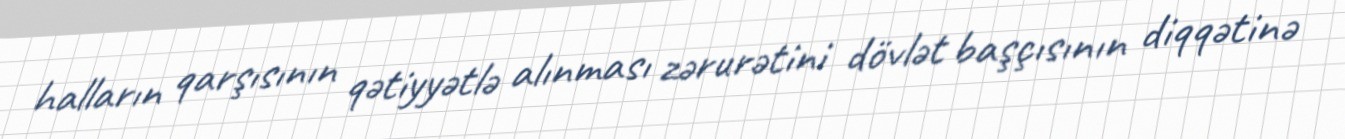
halların qarşısının qətiyyətlə alınması zərurətini dövlət başçısının diqqətinə